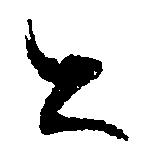
と